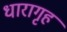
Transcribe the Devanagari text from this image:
धारागृह